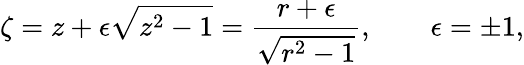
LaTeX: \zeta=z+\epsilon\sqrt{z^{2}-1}=\frac{r+\epsilon}{\sqrt{r^{2}-1}},\qquad\epsilon=\pm 1,